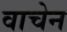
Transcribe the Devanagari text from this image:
वाचेन